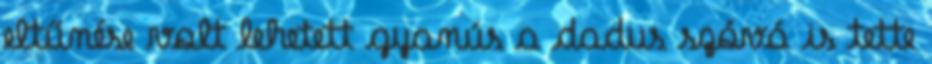
eltűnése volt lehetett gyanús a dadus szóvá is tette